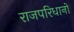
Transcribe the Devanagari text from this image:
राजपरिधानों